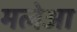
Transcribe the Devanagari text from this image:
मलेआ